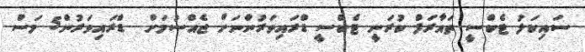
ސައިކަލު ޓެކްސީ ތައާރަފް ކުރަނީ ޓެކްސީ ޑްރައިވަރުންނަށް ޖެއްސުމަށް  ޑްރައިވަރުން5 މަސް